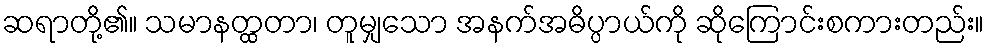
ဆရာတို့၏။ သမာနတ္ထတာ၊ တူမျှသော အနက်အဓိပ္ပာယ်ကို ဆိုကြောင်းစကားတည်း။